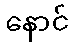
နောင်